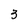
Character: 3